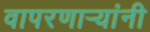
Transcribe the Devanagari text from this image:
वापरणार्‍यांनी